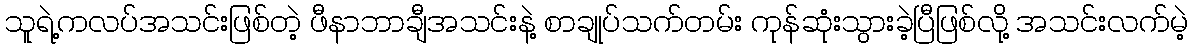
သူရဲ့ကလပ်အသင်းဖြစ်တဲ့ ဖီနာဘာချီအသင်းနဲ့ စာချုပ်သက်တမ်း ကုန်ဆုံးသွားခဲ့ပြီဖြစ်လို့ အသင်းလက်မဲ့